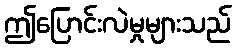
ဤပြောင်းလဲမှုများသည်